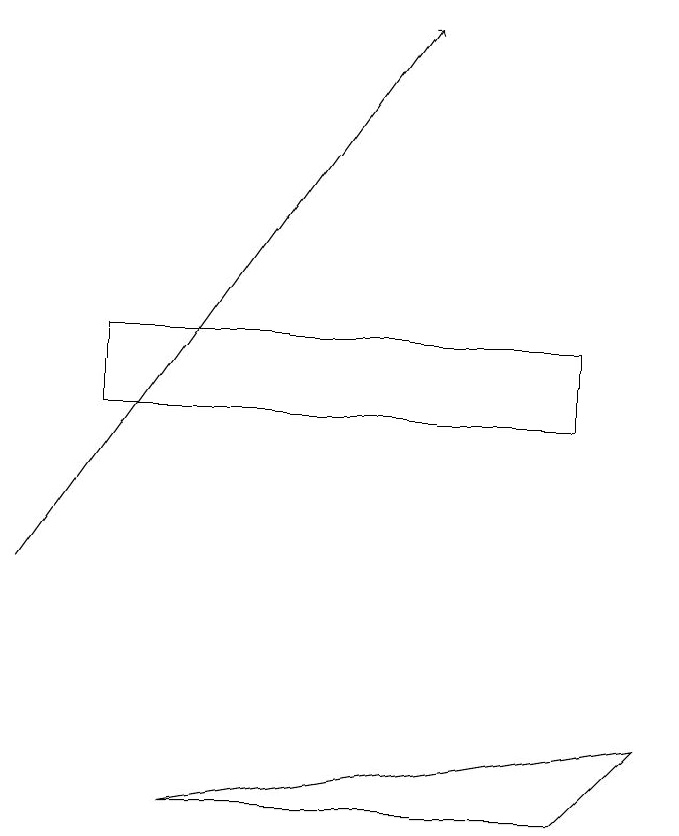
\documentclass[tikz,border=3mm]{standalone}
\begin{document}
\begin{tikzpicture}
\draw (3,7) -- (9,8) -- (8,7) -- cycle;
\draw[->] (1,10) -- (6,17);
\draw (2,12) rectangle (8,13);
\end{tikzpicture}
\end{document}